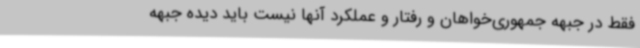
فقط در جبهه جمهوری‌خواهان و رفتار و عملکرد آنها نیست باید دیده جبهه